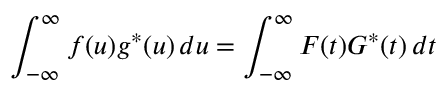
\int _ { - \infty } ^ { \infty } f ( u ) g ^ { * } ( u ) \, d u = \int _ { - \infty } ^ { \infty } F ( t ) G ^ { * } ( t ) \, d t